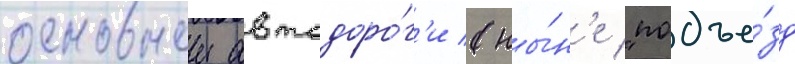
основнои автодоро́г'и (ны́н'е "подъе́зд